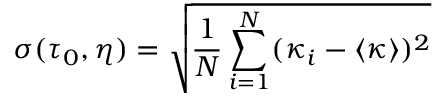
\sigma ( \tau _ { 0 } , \eta ) = \sqrt { \frac { 1 } { N } \sum _ { i = 1 } ^ { N } ( \kappa _ { i } - \langle \kappa \rangle ) ^ { 2 } }